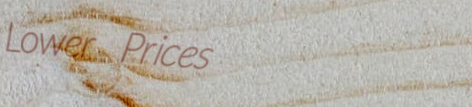
Lower Prices